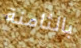
بالثامنة